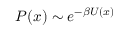
P ( x ) \sim e ^ { - \beta U ( x ) }